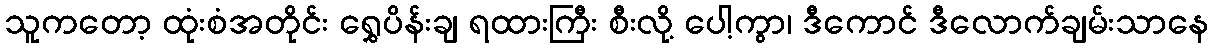
သူကတော့ ထုံးစံအတိုင်း ရွှေပိန်းချ ရထားကြီး စီးလို့ ပေါ့ကွာ၊ ဒီကောင် ဒီလောက်ချမ်းသာနေ